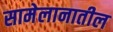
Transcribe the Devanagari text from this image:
सामेलानातील